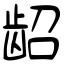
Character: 龆